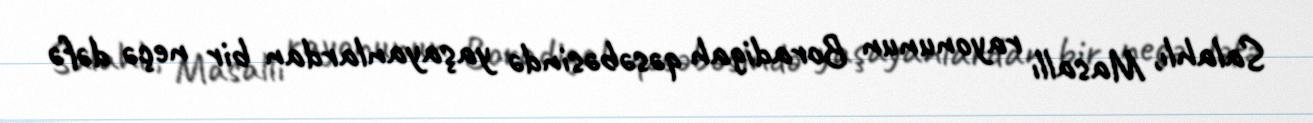
Salahlı, Masallı rayonunun Boradigah qəsəbəsində yaşayanlardan bir neçə dəfə